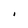
Character: i